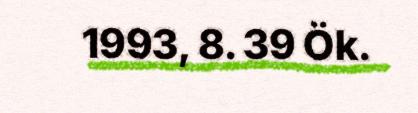
1993, 8. 39 Ök.